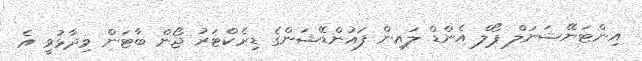
އިންޓަނޭޝަނަލް ޕޯލް އެންޑް ލައިން ފައުންޑޭޝަންގެ ޑިރެކްޓަރު ޖޯން ބާޓަން ވިދާޅުވީ އެ